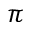
\pi